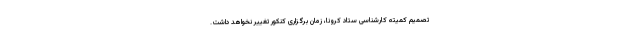
تصمیم کمیته کارشناسی ستاد کرونا، زمان برگزاری کنکور تغییر نخواهد داشت.